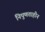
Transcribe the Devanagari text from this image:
निपुणताहीन